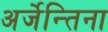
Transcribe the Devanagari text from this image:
अर्जेन्तिना